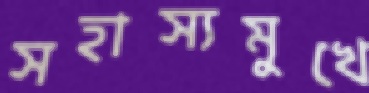
সহাস্যমুখে